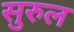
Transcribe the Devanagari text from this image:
सुरुल